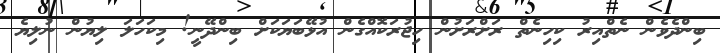
ބިންދެވެން ނެތްއިރު ކިހިނެތް ރަށްރަށުން ހިޖުރަކޮއްގެން އުޅޭބަޔަކަށް ބިންދޭނީ! މިކަހަލަ ލިޔުން ނުލިޔެ